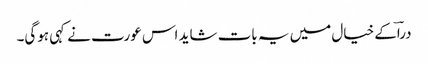
دراؔکے خیال میں یہ بات شاید اس عورت نے کہی ہوگی۔